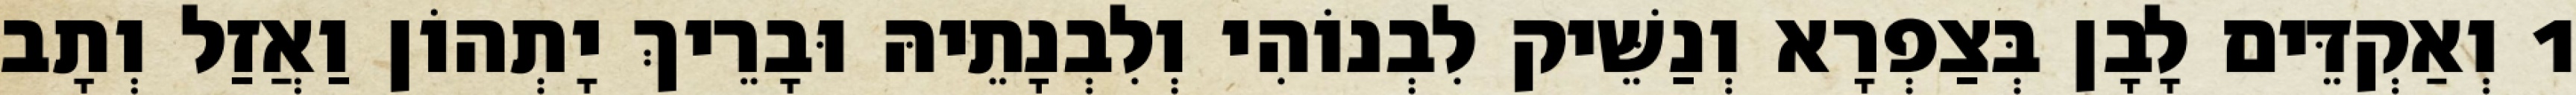
1 וְאַקְדֵּים לָבָן בְּצַפְרָא וְנַשֵּׁיק לִבְנוֹהִי וְלִבְנָתֵיהּ וּבָרֵיךְ יָתְהוֹן וַאֲזַל וְתָב